Vaccination United Provinces of Agra and Oudh 1914-1922 - 1914-1922
Year: 1914
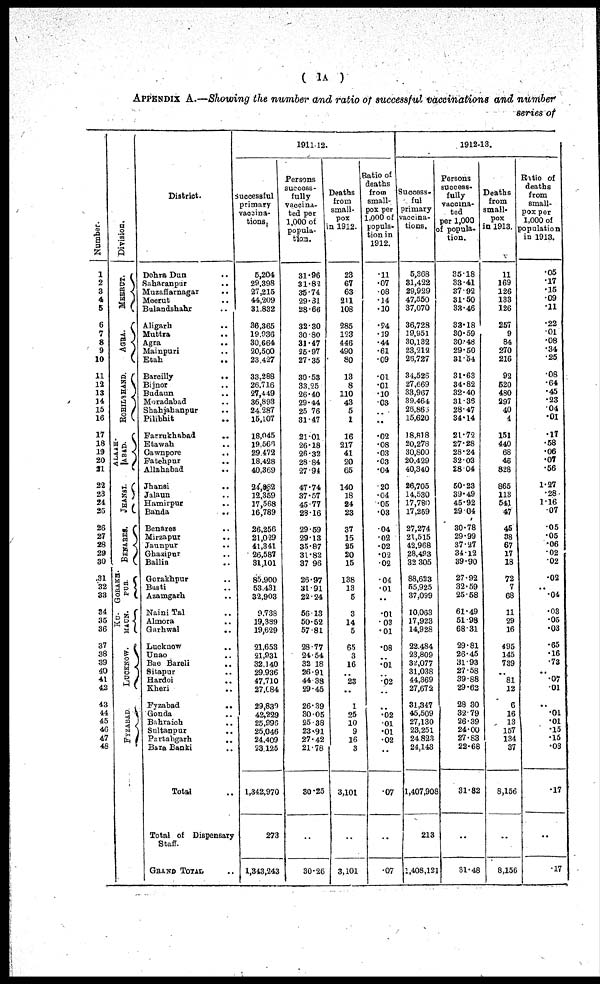
( 1A )
APPENDIX A.—Showing the number and ratio of successful vaccinations and number
series of
Number.
1
2
3
4
5
6
7
8
9
10
11
12
13
14
15
16
17
18
19
20
21
22
23
24
26
26
27
28
29
30
31
32
33
34
35
36
37
38
39
40
41
42
43
44
45
46
47
49
Division.
MEERUT.
AGRA.
ROHILKHAND.
ALLAH-
ABAD.
JHASHI.
BENARES.
GORAKH-
PUR
KU-
MAUN.
LUCKNOW.
FYZABAD
District.
Dehra Dun ..
Saharanpur
..
Muzaffarnagar ..
Meerut ..
Bulandshahr ..
Aligarh ..
Muttra ..
Agra ..
Mainpuri ..
Etah ..
Bareilly
..
Bijnor ..
Budaun ..
Moradabad ..
Shahjahanpur ..
Pilibhit ..
Farrukhabad ..
Etawah ..
Cawnpore
..
Fatehpur ..
Allahabad ..
Jhansi ..
Jalaun ..
Hamirpur ..
Banda ..
Benares ..
Mirzapur ..
Jaunpur
..
Ghazipur ..
Ballia ..
Gorakhpur ..
Basti ..
Azamgarh ..
Naini Tal ..
Almora ..
Garhwal
..
Lacknow ..
Unao ..
Bae Bareli ..
Sitapur ..
Hardoi ..
Kheri ..
Fyzabad ..
Gonda ..
Bahraich ..
Sultanpur
..
Partabgarh
..
Bara Banki ..
Total ..
Total of Dispensary
Staff.
GRAND TOTAL ..
1911-12.
Successful
primary
vaccina-
tions.
5,204
29,398
27,215
44,209
31,832
36,365
19,936
30,664
20,500
23,427
33,288
26,716
27,449
36,893
24,287
15,107
18,045
19,568
29,472
18,428
40,369
24,862
12,359
17,568
16,789
26,256
21,029
41,341
26,587
31,101
85,900
53,431
32,903
9,738
19,389
19,629
21,653
21,931
32,140
29,936
47,710
27,084
29,830
42,229
25,995
25,046
24,409
23,125
1,342,970
273
1,343,243
Persons
success-
fully
vaccina-
ted per
1,000 of
popula-
tion.
31.96
31.82
35.74
29.31
28.66
32.30
30.80
31.47
25.97
27.35
30.53
33.25
26.40
29.44
25.76
31.47
21.01
26.18
26.32
28.84
27.94
47.74
37.57
45.77
28.16
29.59
29.13
35.87
31.82
37.96
26.97
31.91
22.24
56.13
50.62
57.81
28.77
24.54
32.18
26.91
44.38
29.45
26.39
30.05
25.38
23.91
27.42
21.78
30.25
..
30.26
Deaths
from
small-
pox
in 1912.
23
67
63
211
108
285
123
446
490
80
13
8
110
43
5
1
16
217
41
20
65
140
18
24
23
37
15
25
20
15
138
13
5
3
14
5
65
3
16
..
23
..
1
25
10
9
16
3
3,101
..
3,101
Ratio of
deaths
from
small-
pox per
1,000 of
popula-
tion in
1912.
.11
.07
.08
.14
.10
.24
.19
.44
.61
.09
.01
.01
.10
.03
..
..
.02
.08
.03
.03
.04
.20
.04
.05
.03
.04
.02
.02
.02
.02
.04
.01
..
.01
.03
.01
.08
..
.01
..
.02
..
..
.02
.01
.01
.02
..
.07
..
.07
1912-13.
Success-
ful
primary
vaccina-
tions.
5,368
31,422
29,929
47,550
37,070
36,728
19,951
30,132
23,212
26,727
34,526
27,669
33,967
39,464
26,866
15,620
18,818
20,278
30,800
20,429
40,340
26,705
14,530
17,780
17,269
27,274
21,515
42,968
28,493
32,305
88,623
55,925
37,099
10,063
17,923
14,928
22,484
23,809
32,077
31,038
44,369
27,672
31,347
45,509
27,130
23,251
24.82
24,143
1,407,908
213
1,408,121
Persons
success-
fully
vaccina-
ted
per 1,000
of popula-
tion.
35.18
33.41
37.92
31.50
33.46
33.18
30.59
30.48
29.50
31.54
31.63
34.82
32.40
31.36
28.47
34.14
21.72
27.28
28.24
32.03
28.04
50.23
39.49
45.92
29.04
30.78
29.99
37.27
34.12
39.90
27.92
32.59
25.58
61.49
51.98
68.31
29.81
26.45
31.93
27.58
39.88
29.62
28.30
32.79
26.39
24.00
27.83
22.68
31.82
..
31.48
Deaths
from
small-
pox
in 1913.
11
169
126
133
126
257
9
84
270
216
92
520
480
297
40
4
151
440
68
46
828
865
113
541
47
46
38
67
17
18
72
7
68
11
29
16
495
145
739
..
81
12
6
16
13
157
134
37
8,156
..
8,156
Ratio of
deaths
from
small-
pox per
1,000 of
population
in 1913.
.05
.17
.15
.09
.11
.22
.01
.08
.34
.25
.08
.64
.45
.23
.04
.01
.17
.58
.06
.07
.56
1.27
.28
1.16
.07
.05
.05 .06 .02
.02
.02
..
.04
.03
.05
.03
.65
.16
.73
..
.07
.01
..
.01
.01
.15
.15
.03
.17
..
.17